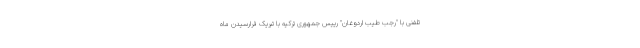
تلفنی با "رجب طیب اردوغان" رییس جمهوری ترکیه با تبریک فرارسیدن ماه